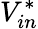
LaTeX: V_{in}^{*}